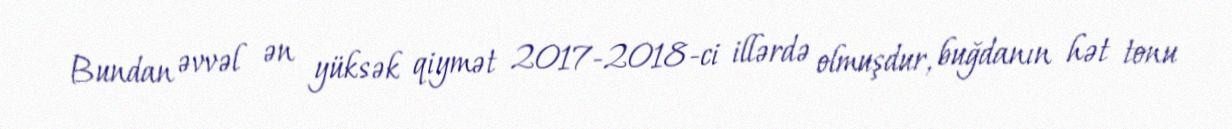
Bundan əvvəl ən yüksək qiymət 2017-2018-ci illərdə olmuşdur, buğdanın hət tonu